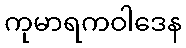
ကုမာရကဝါဒေန